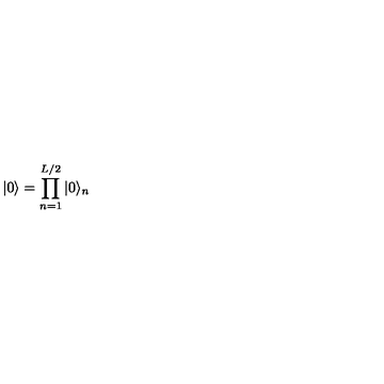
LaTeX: | 0 \rangle = \prod _ { n = 1 } ^ { L / 2 } | 0 \rangle _ { n }